画像に写った文字を読んでください
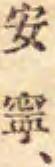
「安寧、」と書いてあります